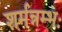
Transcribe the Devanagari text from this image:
शर्मन्नम्भः